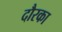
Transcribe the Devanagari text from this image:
दौरका